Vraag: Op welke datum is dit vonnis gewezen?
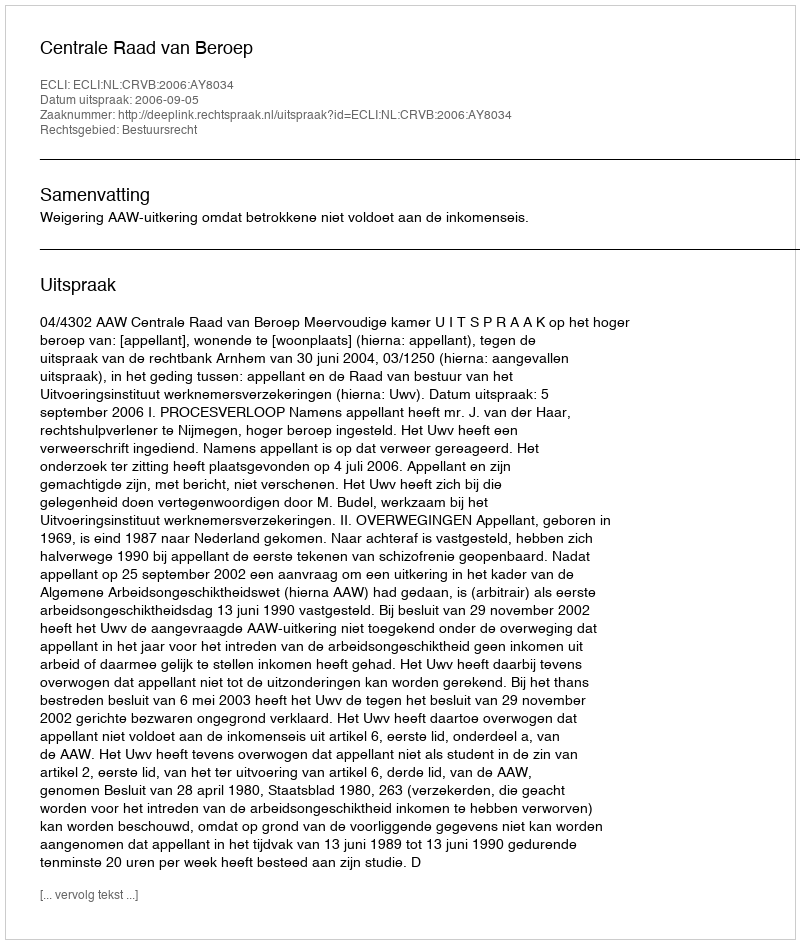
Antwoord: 2006-09-05